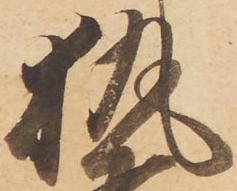
執